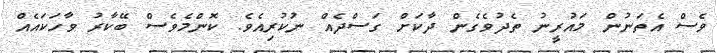
ވެސް އެތަނުން މައުރީނު ތެދުވެގެން ދާކަށް ގަސްދެއް ނުކުރިއެވެ. ކޮންމެވެސް ބޭކާރު ވާހަކައެއް